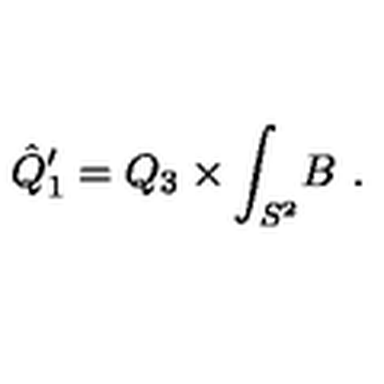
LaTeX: \hat { Q } _ { 1 } ^ { \prime } = Q _ { 3 } \times \int _ { S ^ { 2 } } \! B \ .